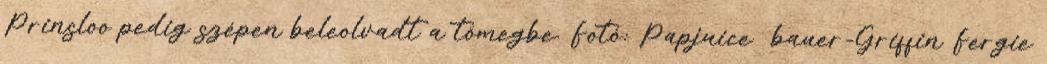
Prinsloo pedig szépen beleolvadt a tömegbe. Fotó: Papjuice bauer-Griffin Fergie